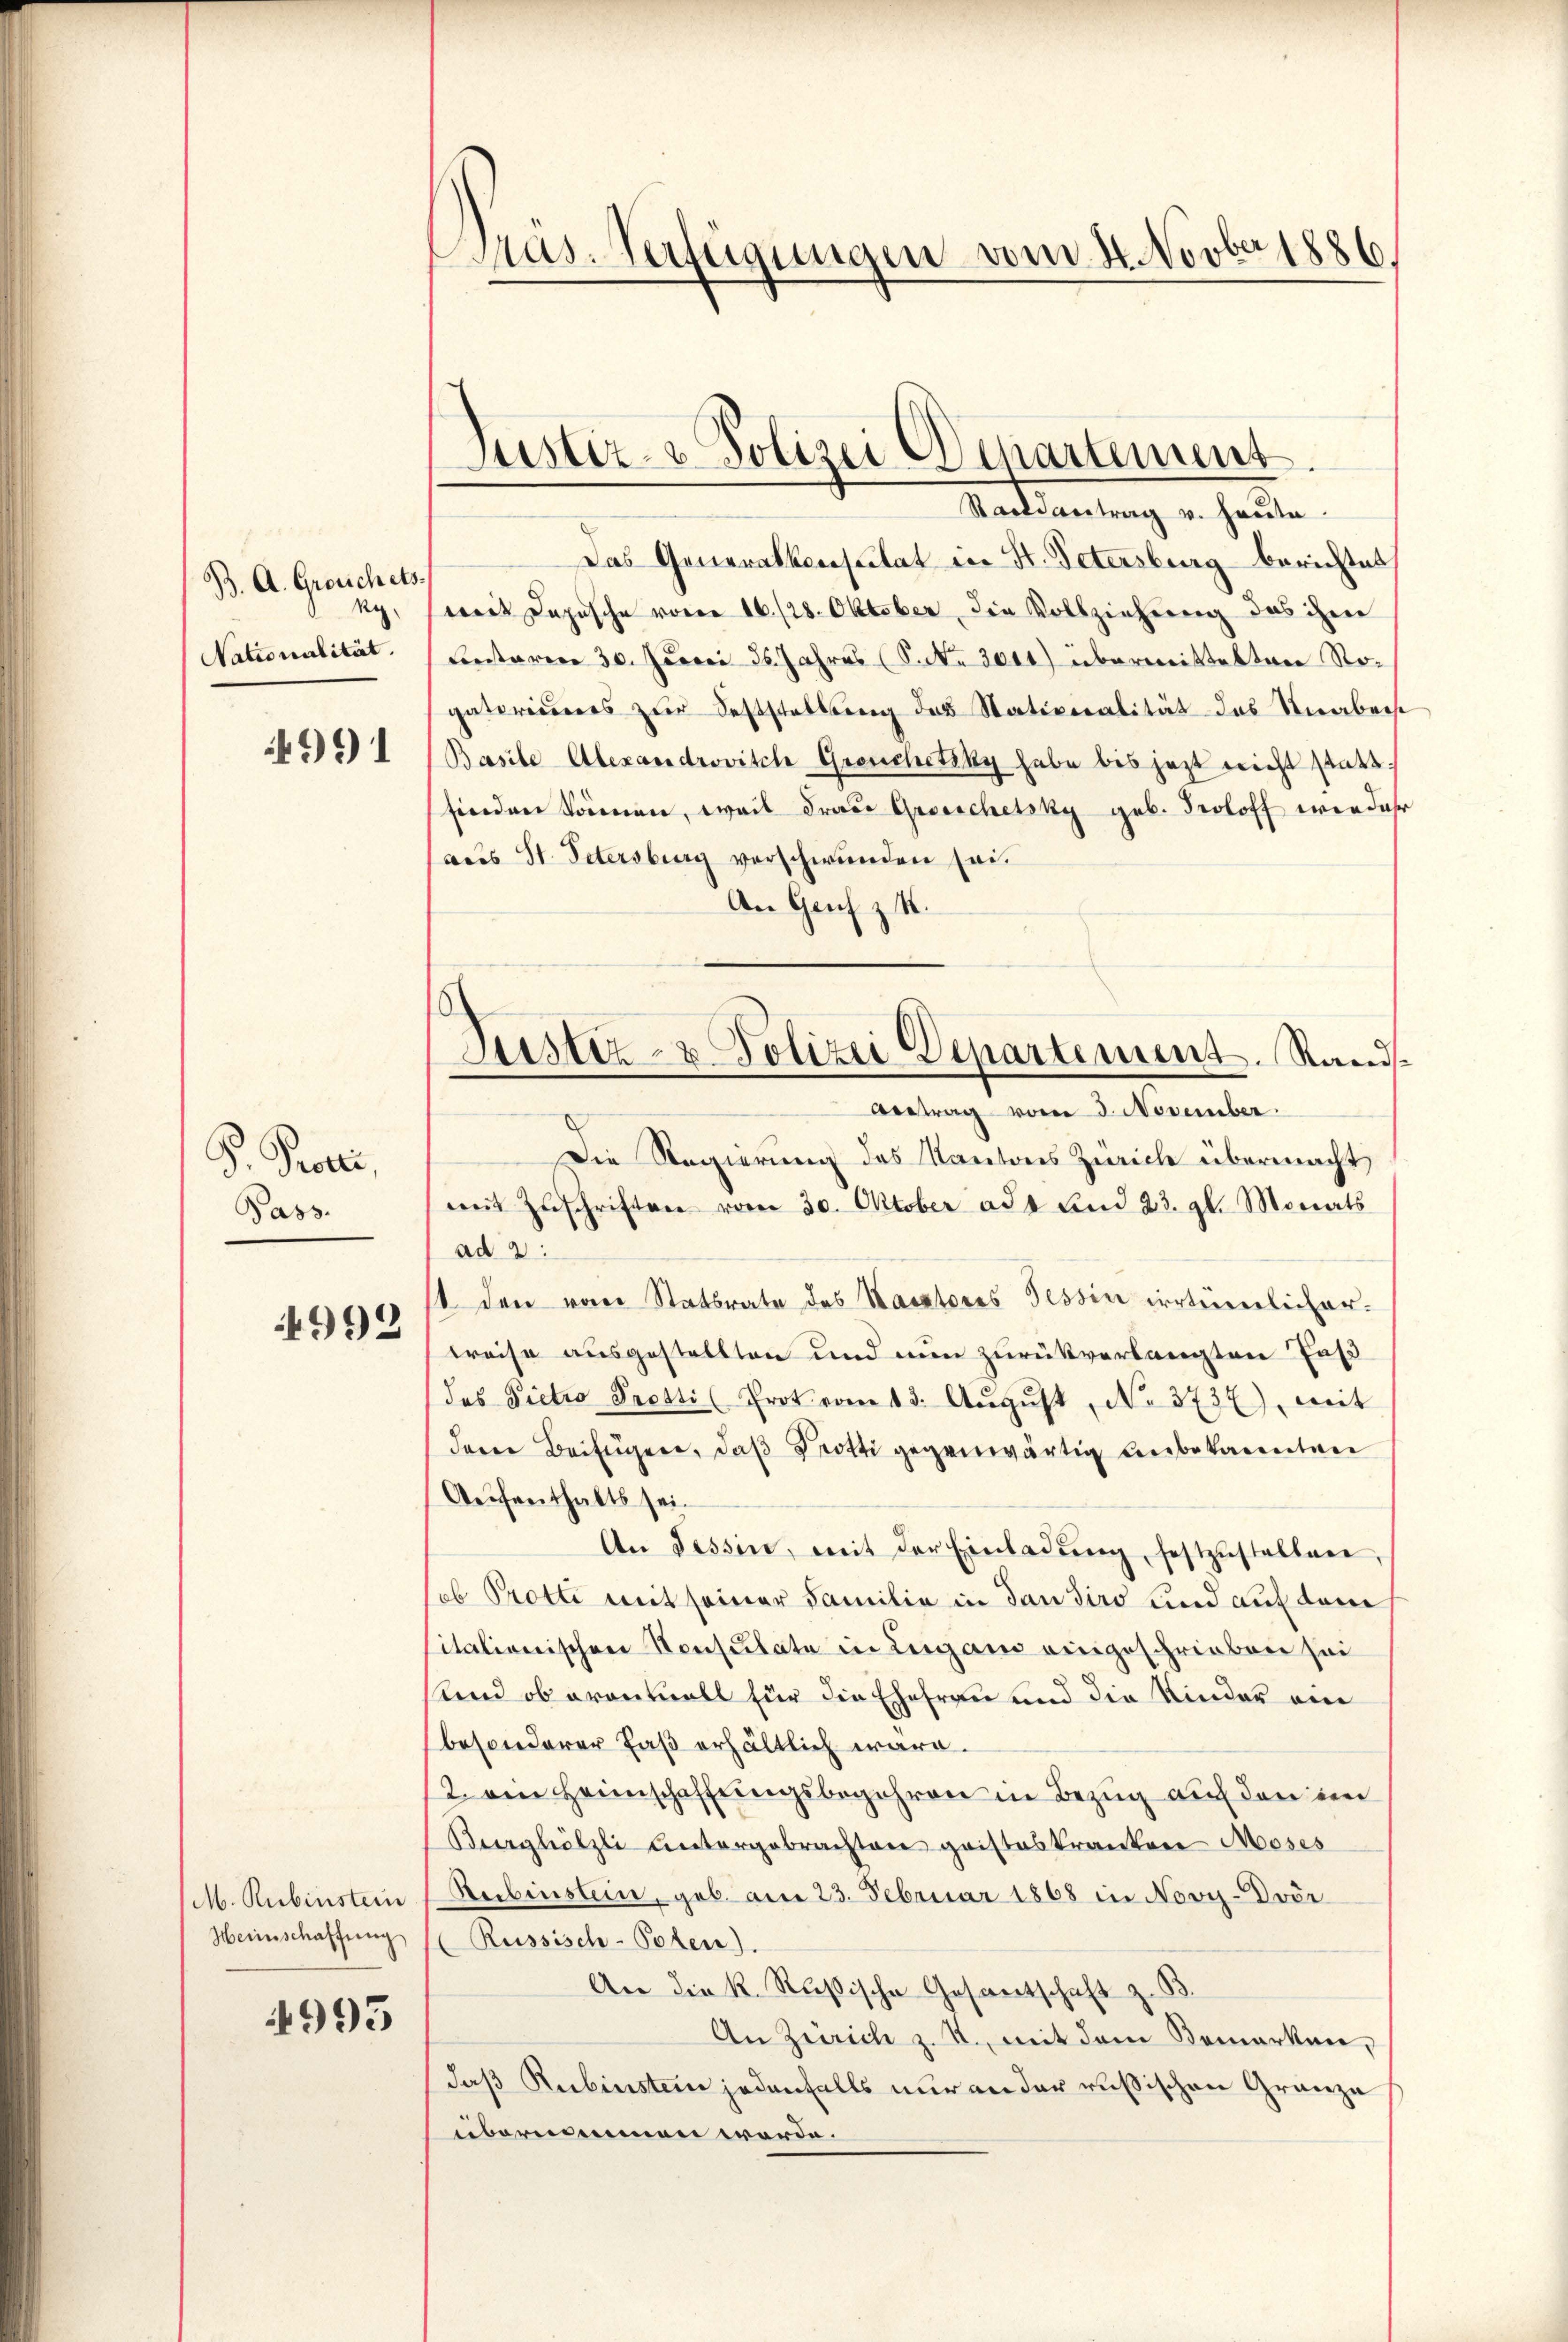
B. A. Groschets.
ig.
Nationalität.

991

F. Prori,
Pass.

4992

M. Rubinstein
Heinschaffung

4995

Pras. Verfügungen vom 4. Novber 1886.

Justiz- & Polizei Departement.

Saisantrag v. Heute.
Das Generalkonsulat in H. Petersburg berichtet,
weit Dapusche voren 16/28. Oktober die Vollziehung das ihm
Ceritarier 30. Juni 16. Jahres (S. Nr. 2041) übermitteltene Nogatoriederes zur Feststellung des Stativeralität des Knabenst
Basile Alexandrovitch Greuchetzky habe bis jezt nicht stattfinden Sommen, weil Frau Grosschetsky geb. Proloff wieder
aus St. Petersburg verschwunden sei.
An Genf z. R.
Die Regierung des Kantons Zürich übermacht,
mit Zŭschriften vom 30. Oktober ad 1 und 23. gl. Monats
ad 2:
st den von Statsrate des Kantores Tessin irrteierlicher
kreise ausgestellten und nun zurückverlangten Faß
das Pictio Prosti (Prot vom 13. Aŭgŭst No. 3737), mit
deren Beifügen, daß Trotti gegenwärtig unbekannten
Aufenthalts sei.
An Tessin, mit der Einladŭng, festzustellen,
sob Protti mit seiner Familie in dan sind und auf den
italionischen Konsulate in Lugano eingeschrieben sei
end ob erantuall für die Ehefrau und die Kinder ein
besonderer Faß erhältlich wäre.
2. ein Heimschaffungsbegehren in Bezug auf den im
Berghölzli untergebrachten geisteskrankene Moses
Reibenstein, geb. am 23. Februar 1868 in Novy-vor
(Russisch-Poten).
An die k. Rußische Gesantschaft z. B
An Zürich z. R., mit dem Bemerken,
daß Rubinstein jedenfalls nur an der russischen Gränze
übernommen werde.

6
Justiz- & Polizei Departement. Rand¬
Antrag vom 3. November.